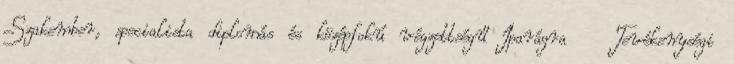
Szakember, specialista diplomás és középfokú végzettségű Iparágra Tevékenységi